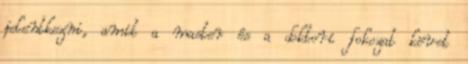
jelentkezni, amit a master és a doktori fokozat követ